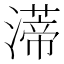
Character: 𤀐